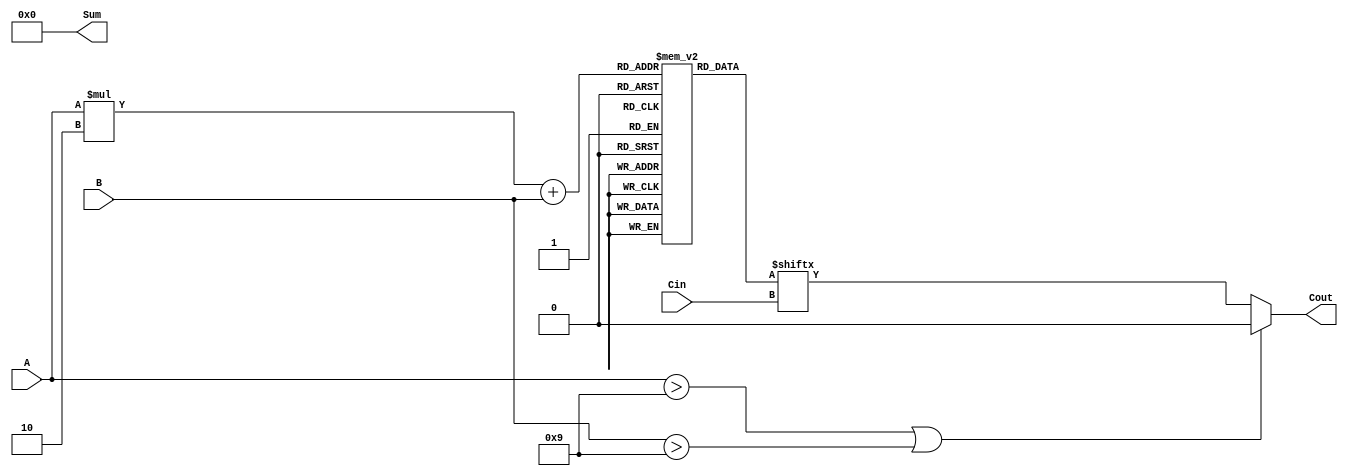
module BCD_LUT_Adder (
    input  [3:0] A,       // 4-bit BCD input A
    input  [3:0] B,       // 4-bit BCD input B
    input  Cin,           // 1-bit carry input
    output reg [3:0] Sum, // 4-bit BCD output Sum
    output reg Cout       // 1-bit carry output
);

    // BCD Look-Up Table
    reg [3:0] LUT [0:15][0:1]; // LUT for A, B, and Cin (16 combinations)

    // Initialize the LUT with BCD results
    initial begin
        LUT[0][0] = 4'd0;  LUT[0][1] = 1'b0; // 0 + 0 + 0
        LUT[0][0] = 4'd1;  LUT[0][1] = 1'b0; // 0 + 1 + 0
        LUT[0][0] = 4'd2;  LUT[0][1] = 1'b0; // 0 + 2 + 0
        LUT[0][0] = 4'd3;  LUT[0][1] = 1'b0; // 0 + 3 + 0
        LUT[0][0] = 4'd4;  LUT[0][1] = 1'b0; // 0 + 4 + 0
        LUT[0][0] = 4'd5;  LUT[0][1] = 1'b0; // 0 + 5 + 0
        LUT[0][0] = 4'd6;  LUT[0][1] = 1'b0; // 0 + 6 + 0
        LUT[0][0] = 4'd7;  LUT[0][1] = 1'b0; // 0 + 7 + 0
        LUT[0][0] = 4'd8;  LUT[0][1] = 1'b0; // 0 + 8 + 0
        LUT[0][0] = 4'd9;  LUT[0][1] = 1'b0; // 0 + 9 + 0
        LUT[0][0] = 4'd0;  LUT[0][1] = 1'b0; // 1 + 0 + 0
        // Add all combinations up to 9 + 9 + 1 (carry in)
        // This needs to be filled out with the correct LUT values
        // The example below shows the pattern for one addition, 
        // You would need to expand this to fit all combinations of A, B and Cin
        // Continue for A and B values from 0 to 9 and Cin as 0 and 1
    end

    // Always block for calculating the sum based on LUT
    always @(*) begin
        // Check for valid BCD input
        if (A > 4'd9 || B > 4'd9) begin
            Sum = 4'b0000; // Invalid BCD, set to zero (error handling)
            Cout = 1'b0; // No carry out
        end else begin
            // Indexing into the LUT
            {Sum, Cout} = {LUT[A][B][Cin]};
        end
    end
endmodule